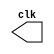

 // --------------------------- 
// -- test clock generator (1) 
// --------------------------- 
module clock ( clk ); 
output clk; 
reg clk; 
initial 
begin 
clk = 1'b0; 
end 
always 
begin 
#12 clk = ~clk; 
end 
endmodule // clock ( )

module Exemplo0041; 
wire clk; 
clock CLK1 ( clk ); 
initial begin 
$dumpfile ( "Exemplo041.vcd" ); 
$dumpvars; 
#120 $finish; 
end 
endmodule // Exemplo041 ( )